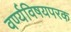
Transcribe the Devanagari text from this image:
वर्ण्यविषयपरक